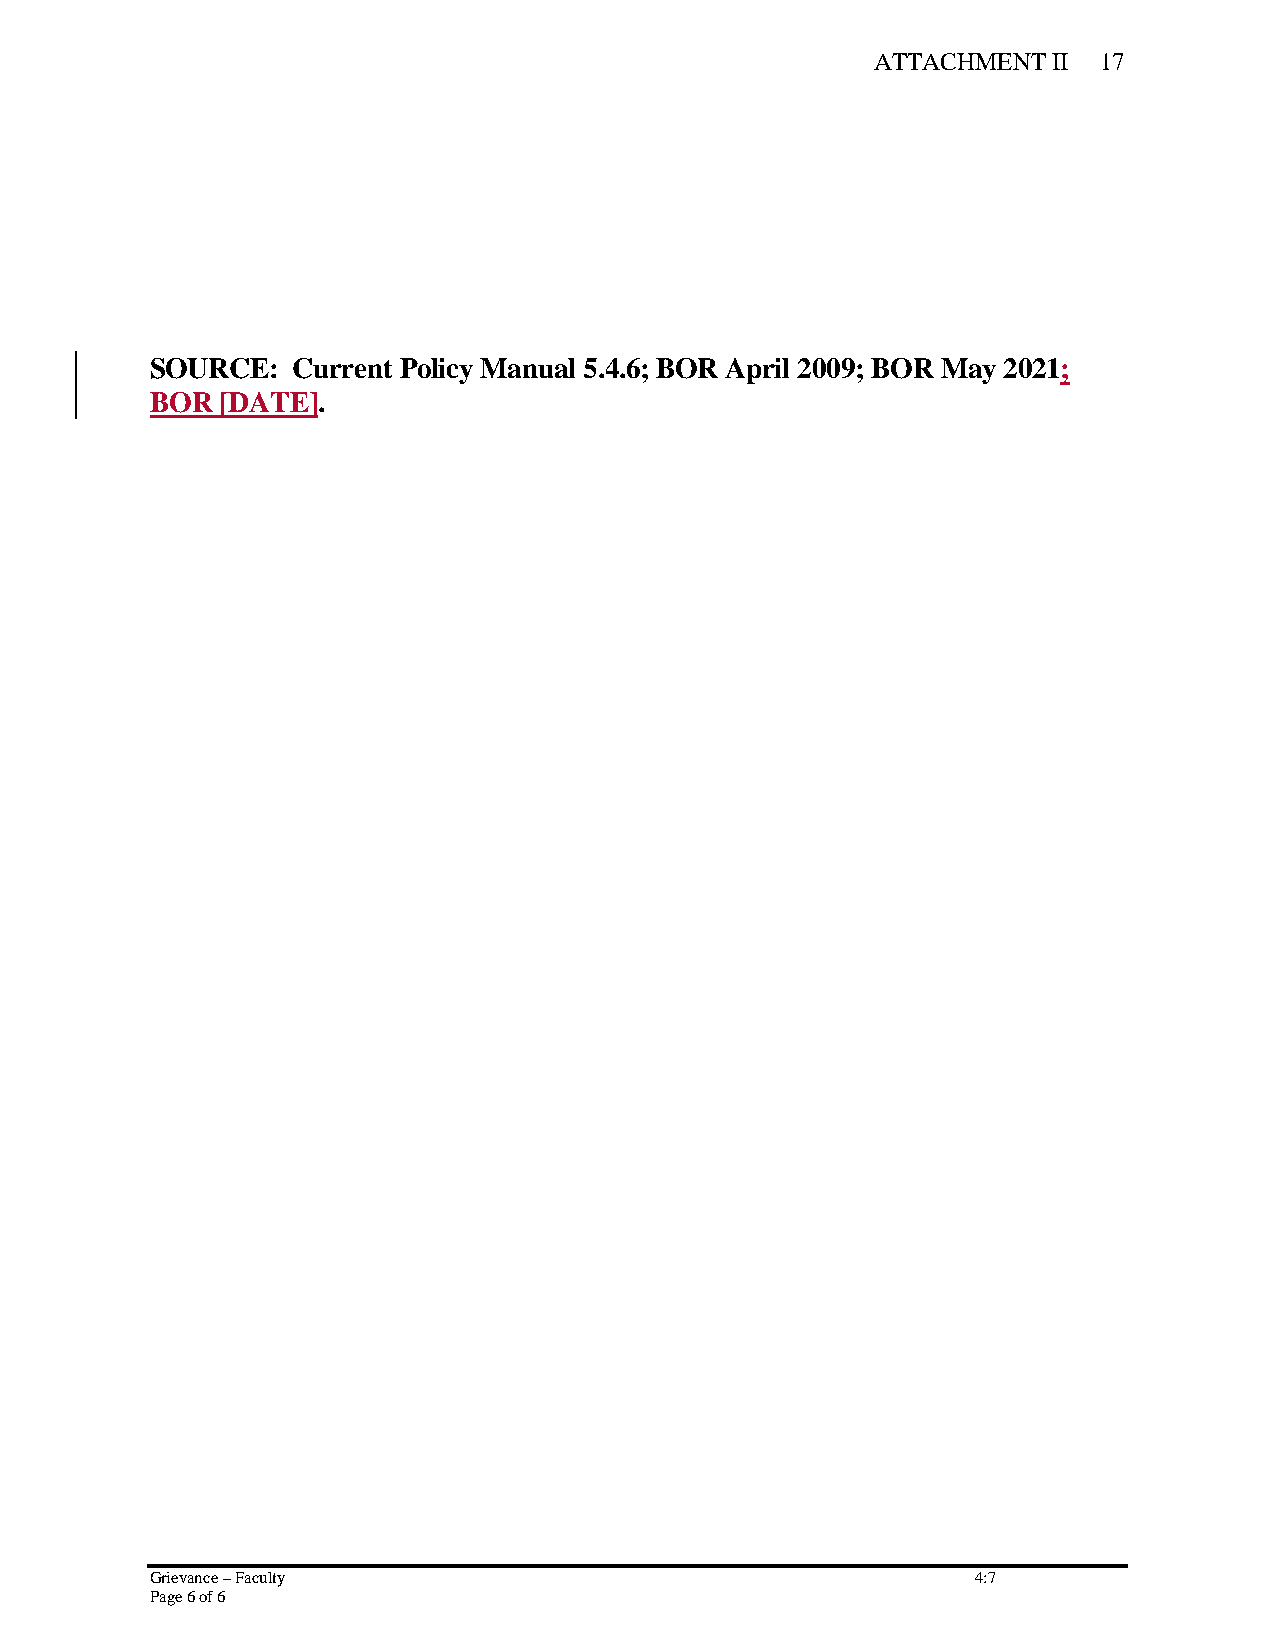
ATTACHMENT  II 17
 SOURCE:  Current Policy Manual 5.4.6; BOR April 2009; BOR May 2021;
 BOR  [DATE].
 Grievance – Faculty                                    4:7
 Page 6 of 6